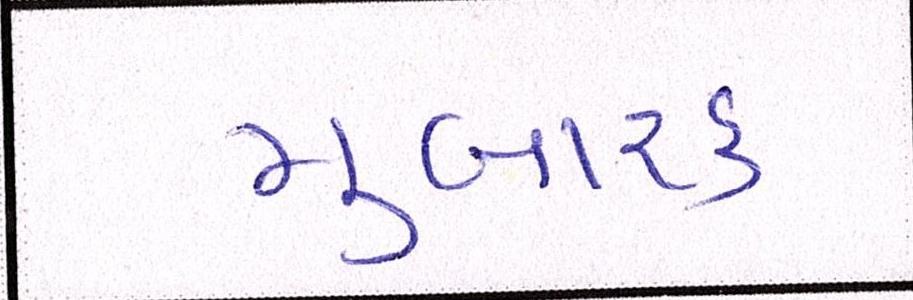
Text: મુબારક